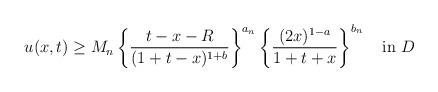
LaTeX: \begin{align*}u(x,t)\ge M_n\left\{\frac{t-x-R}{(1+t-x)^{1+b}}\right\}^{a_n}\left\{\frac{(2x)^{1-a}}{1+t+x}\right\}^{b_n}\quad\mbox{in}\ D\end{align*}